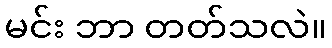
မင်း ဘာ တတ်သလဲ။